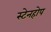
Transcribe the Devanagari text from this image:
स्टेनहोप